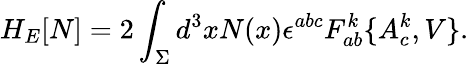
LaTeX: H_{E}[N]=2\int_{\Sigma}d^{3}xN(x)\epsilon^{abc}F_{ab}^{k}\{ A_{c}^{k},V\} .